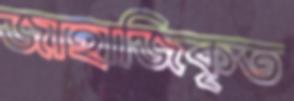
জাহাজিকৃত